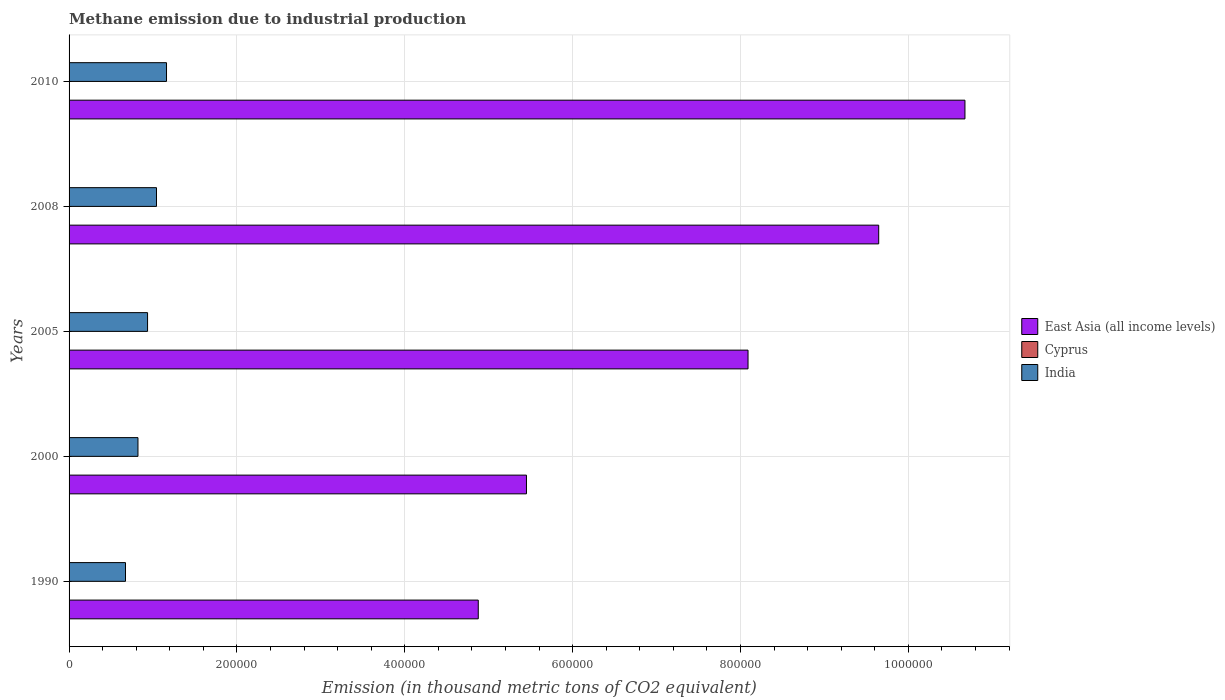
| Years | East Asia (all income levels) | Cyprus | India |
 | --- | --- | --- | --- |
 | 1990 | 4.88e+05 | 14.7 | 6.72e+04 |
 | 2000 | 5.45e+05 | 21.7 | 8.21e+04 |
 | 2005 | 8.09e+05 | 13.7 | 9.35e+04 |
 | 2008 | 9.65e+05 | 16 | 1.04e+05 |
 | 2010 | 1.07e+06 | 13.3 | 1.16e+05 |